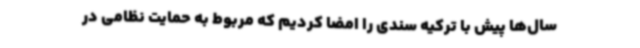
سال‌ها پیش با ترکیه سندی را امضا کردیم که مربوط به حمایت نظامی در